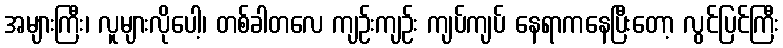
အများကြီး၊ လူများလိုပေါ့၊ တစ်ခါတလေ ကျဉ်းကျဉ်း ကျပ်ကျပ် နေရာကနေပြီးတော့ လွင်ပြင်ကြီး